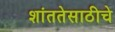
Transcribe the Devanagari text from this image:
शांततेसाठीचे